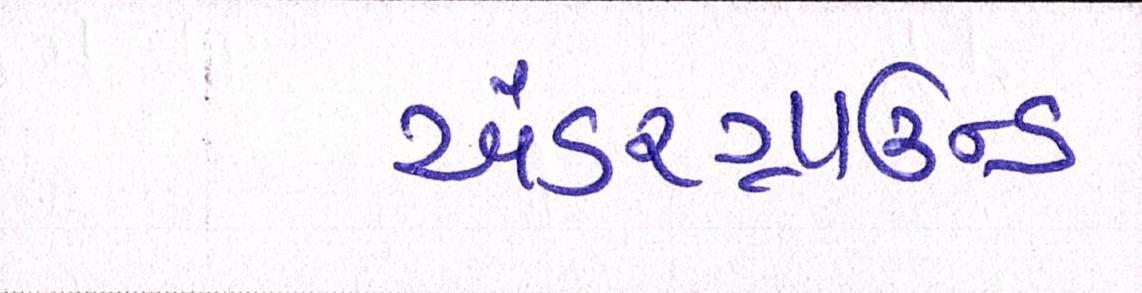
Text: અંડરગ્રાઉન્ડ